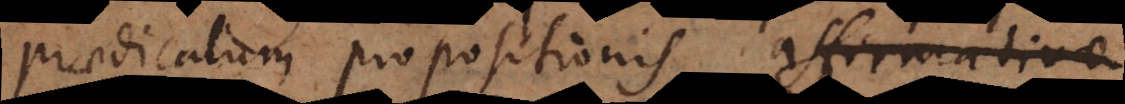
praedicatum propositionis affirm